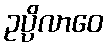
ဥပ္ပိလာဝေ